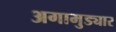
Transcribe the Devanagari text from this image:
अगामुड्यार